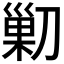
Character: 𠞰